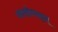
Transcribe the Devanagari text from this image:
माल्होस्मादुलू